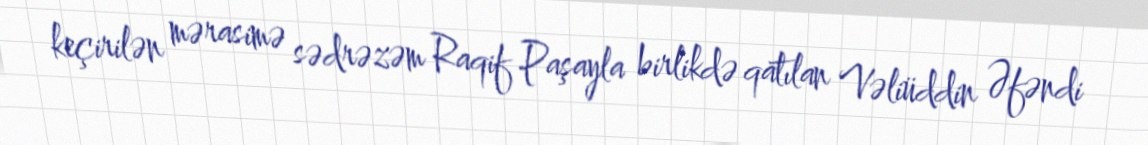
keçirilən mərasimə sədrəzəm Raqif Paşayla birlikdə qatılan Vəliüddin Əfəndi